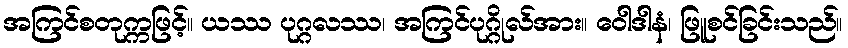
အကြင်စတုက္ကဖြင့်။ ယဿ ပုဂ္ဂလဿ၊ အကြင်ပုဂ္ဂိုလ်အား။ ဝေါဒါနံ၊ ဖြူစင်ခြင်းသည်။